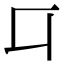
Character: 㔿